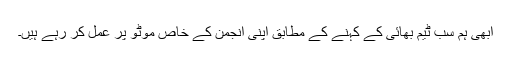
ابھی ہم سب ٹیم بھائی کے کہنے کے مطابق اپنی انجمن کے خاص موٹو پر عمل کر رہے ہیں۔